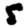
Digit: 5